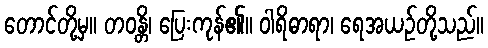
တောင်တို့မှ။ တဝန္တိ၊ ပြေးကုန်၏။ ဝါရိဓာရာ၊ ရေအယဉ်တို့သည်။